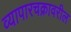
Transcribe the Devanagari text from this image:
व्यापारचक्रावरील